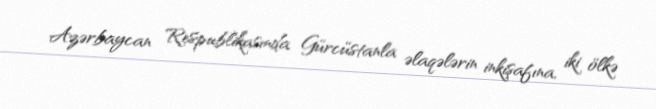
Azərbaycan Respublikasında Gürcüstanla əlaqələrin inkişafına, iki ölkə